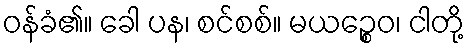
ဝန်ခံ၏။ ခေါ ပန၊ စင်စစ်။ မယဉ္စေဝ၊ ငါတို့